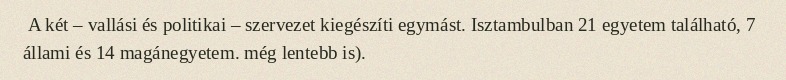
A két – vallási és politikai – szervezet kiegészíti egymást. Isztambulban 21 egyetem található, 7 állami és 14 magánegyetem. még lentebb is).